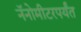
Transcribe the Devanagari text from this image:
नॅनोमीटरपर्यंत